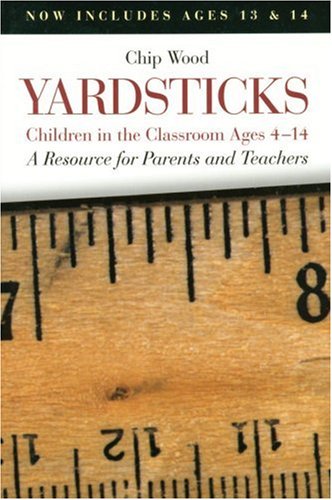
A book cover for Yardsticks: Children in the Classroom Ages 4-14 : A Resource for Parents and Teachers; Chip Wood; Parenting & Relationships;